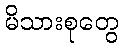
မိသားစုတွေ